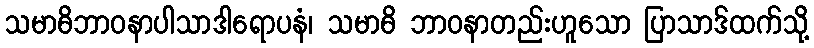
သမာဓိဘာဝနာပါသာဒါရောပနံ၊ သမာဓိ ဘာဝနာတည်းဟူသော ပြာသာဒ်ထက်သို့